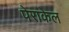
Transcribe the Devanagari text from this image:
पेराकेल